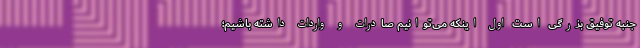
جنبه توفیق بزرگی است اول اینکه می‌توانیم صادرات و واردات داشته باشیم؛